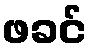
ဖခင်